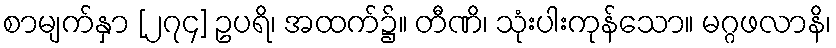
စာမျက်နှာ [၂၇၄] ဥပရိ၊ အထက်၌။ တီဏိ၊ သုံးပါးကုန်သော။ မဂ္ဂဖလာနိ၊